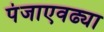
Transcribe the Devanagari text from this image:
पंजाएवढ्या